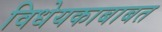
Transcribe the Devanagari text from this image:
विधेयकाबाबत